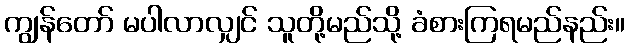
ကျွန်တော် မပါလာလျှင် သူတို့မည်သို့ ခံစားကြရမည်နည်း။